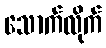
သောက်လိုက်